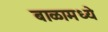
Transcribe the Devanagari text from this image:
बाळामध्ये